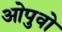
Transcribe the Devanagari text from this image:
ओपुवो